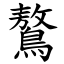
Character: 鷔